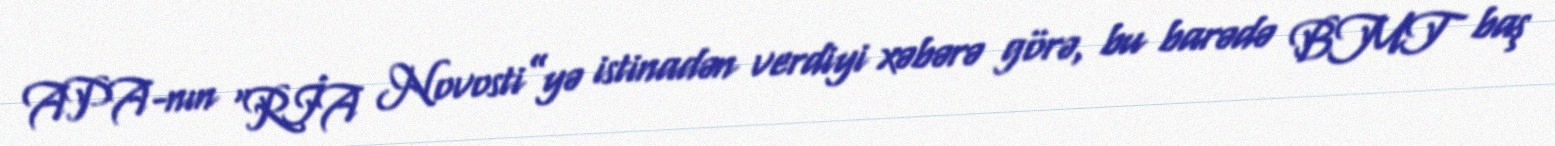
APA-nın “RİA Novosti”yə istinadən verdiyi xəbərə görə, bu barədə BMT baş